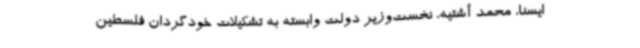
ایسنا، محمد أشتیه، نخست‌وزیر دولت وابسته به تشکیلات خودگردان فلسطین